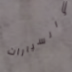
والسيارات